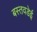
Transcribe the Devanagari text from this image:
बस्तवडेई